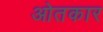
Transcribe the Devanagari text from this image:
ओतकार